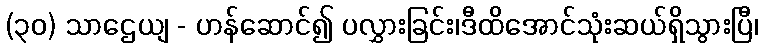
(၃၀) သာဌေယျ - ဟန်ဆောင်၍ ပလွှားခြင်း၊ဒီထိအောင်သုံးဆယ်ရှိသွားပြီ၊